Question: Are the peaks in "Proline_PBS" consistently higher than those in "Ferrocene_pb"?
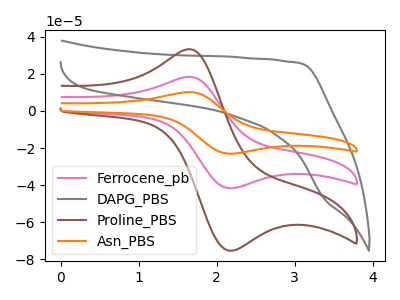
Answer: <think>The pink curve "Ferrocene_pb" has an anodic peak at (1.65V, 18.40uA) and a cathodic peak at (2.15V, -41.65uA). The gray curve "DAPG_PBS" has no peaks. The brown curve "Proline_PBS" has an anodic peak at (1.65V, 33.25uA) and a cathodic peak at (2.15V, -75.30uA). The orange curve "Asn_PBS" has an anodic peak at (1.65V, 36.80uA) and a cathodic peak at (2.15V, -83.30uA).</think>
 <answer>Every peak in "Proline_PBS" is higher than every peak in "Ferrocene_pb".</answer>
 <eval>higher</eval>